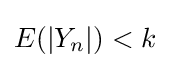
E(|Y_{n}|)<k